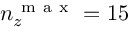
n _ { z } ^ { \mathrm { ~ m ~ a ~ x ~ } } = 1 5